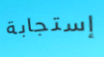
إستجابة